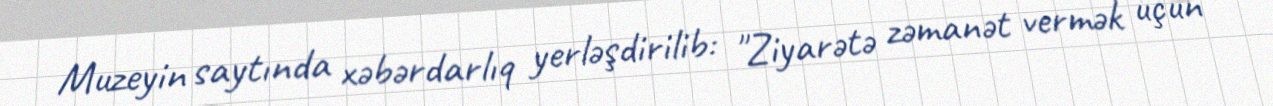
Muzeyin saytında xəbərdarlıq yerləşdirilib: "Ziyarətə zəmanət vermək üçün